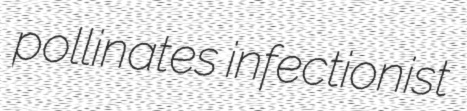
pollinates infectionist